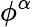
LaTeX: \phi^{\alpha}